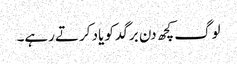
لوگ کچھ دن برگد کو یاد کرتے رہے۔